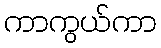
ကာကွယ်ကာ